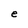
Character: e